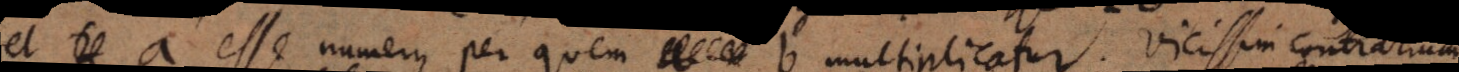
et a esse numerus per quem b multiplicatur. Vicissim contrarium